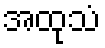
အထုသံ